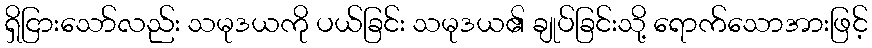
ရှိငြားသော်လည်း သမုဒယကို ပယ်ခြင်း သမုဒယ၏ ချုပ်ခြင်းသို့ ရောက်သောအားဖြင့်